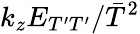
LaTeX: k_{z}E_{T^{\prime}T^{\prime}}/\bar{T}^{2}